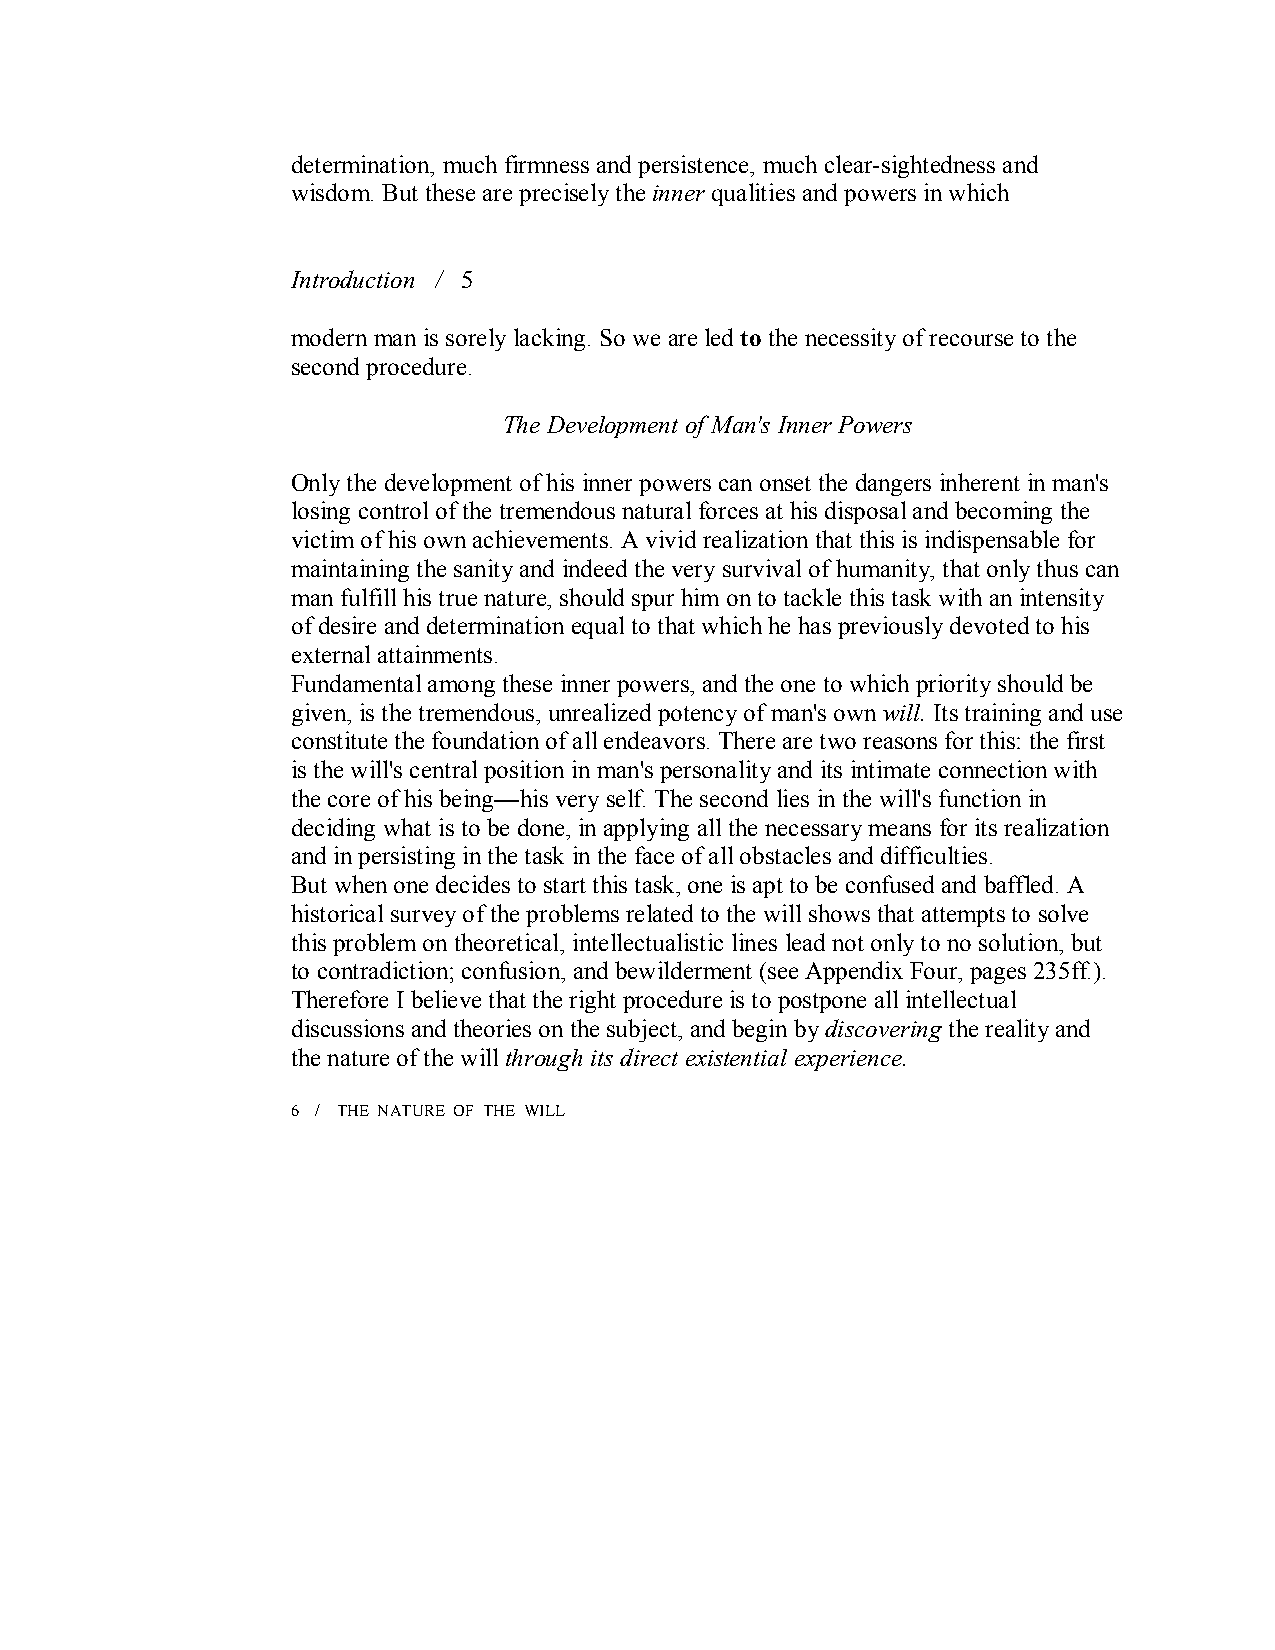
determination, much firmness and persistence, much clear­sightedness and
 wisdom. But these are precisely the inner qualities and powers in which
 Introduction / 5
 modern man is sorely lacking. So we are led to the necessity of recourse to the
 second procedure.
 The Development of Man's Inner Powers
 Only the development of his inner powers can onset the dangers inherent in man's
 losing control of the tremendous natural forces at his disposal and becoming the
 victim of his own achievements. A vivid realization that this is indispensable for
 maintaining the sanity and indeed the very survival of humanity, that only thus can
 man fulfill his true nature, should spur him on to tackle this task with an intensity
 of desire and determination equal to that which he has previously devoted to his
 external attainments.
 Fundamental among these inner powers, and the one to which priority should be
 given, is the tremendous, unrealized potency of man's own will. Its training and use
 constitute the foundation of all endeavors. There are two reasons for this: the first
 is the will's central position in man's personality and its intimate connection with
 the core of his being—his very self. The second lies in the will's function in
 deciding what is to be done, in applying all the necessary means for its realization
 and in persisting in the task in the face of all obstacles and difficulties.
 But when one decides to start this task, one is apt to be confused and baffled. A
 historical survey of the problems related to the will shows that attempts to solve
 this problem on theoretical, intellectualistic lines lead not only to no solution, but
 to contradiction; confusion, and bewilderment (see Appendix Four, pages 235ff.).
 Therefore I believe that the right procedure is to postpone all intellectual
 discussions and theories on the subject, and begin bydiscovering the reality and
 the nature of the willthrough its direct existential experience.
 6 / THE NATURE OF THE WILL